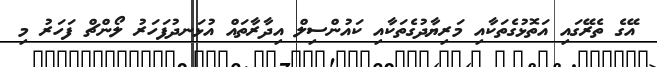
އޭގެ ތެރޭގައި އަތޮޅުގެތަކާއި މަރިޔާދުގެތަކާއި ކައުންސިލް އިދާރާތައް އުޅަނދުފަހަރު ލޯންޗް ފަހަރު މި